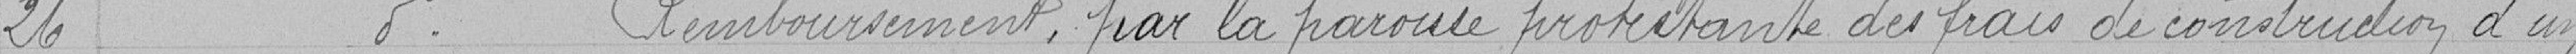
26 - idem - Remboursement, par la paroisse protestante des frais de construction d'un